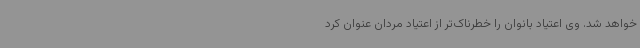
خواهد شد. وی اعتیاد بانوان را خطرناک‌تر از اعتیاد مردان عنوان کرد